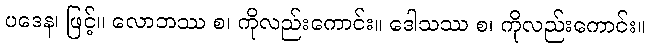
ပဒေန၊ ဖြင့်။ လောဘဿ စ၊ ကိုလည်းကောင်း။ ဒေါသဿ စ၊ ကိုလည်းကောင်း။